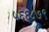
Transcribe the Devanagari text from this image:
५६६८७९